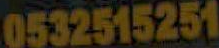
0532515251